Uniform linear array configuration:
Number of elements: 24
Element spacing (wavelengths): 0.25
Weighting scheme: kaiser
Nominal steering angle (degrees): -30
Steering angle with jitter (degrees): -31.967
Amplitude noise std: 0.05
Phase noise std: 0.05

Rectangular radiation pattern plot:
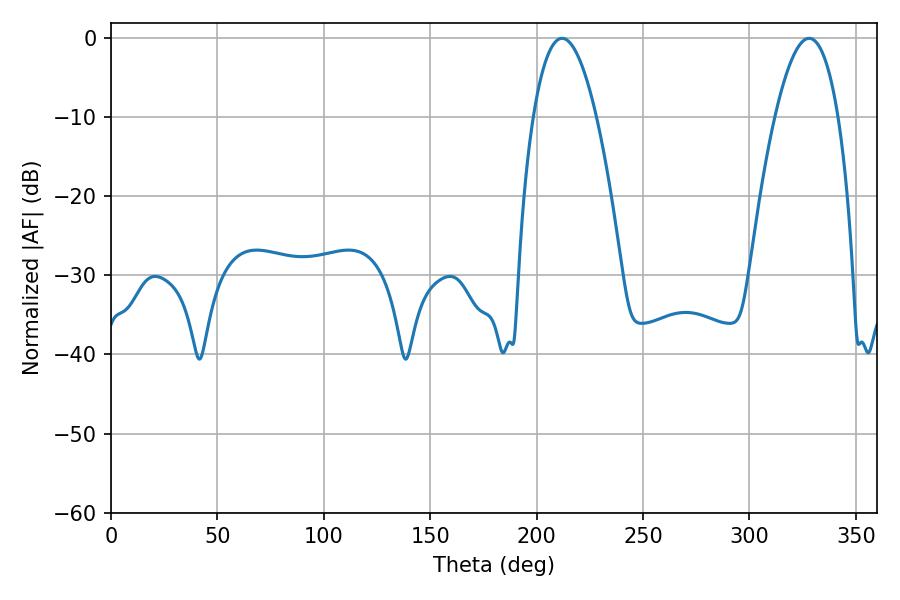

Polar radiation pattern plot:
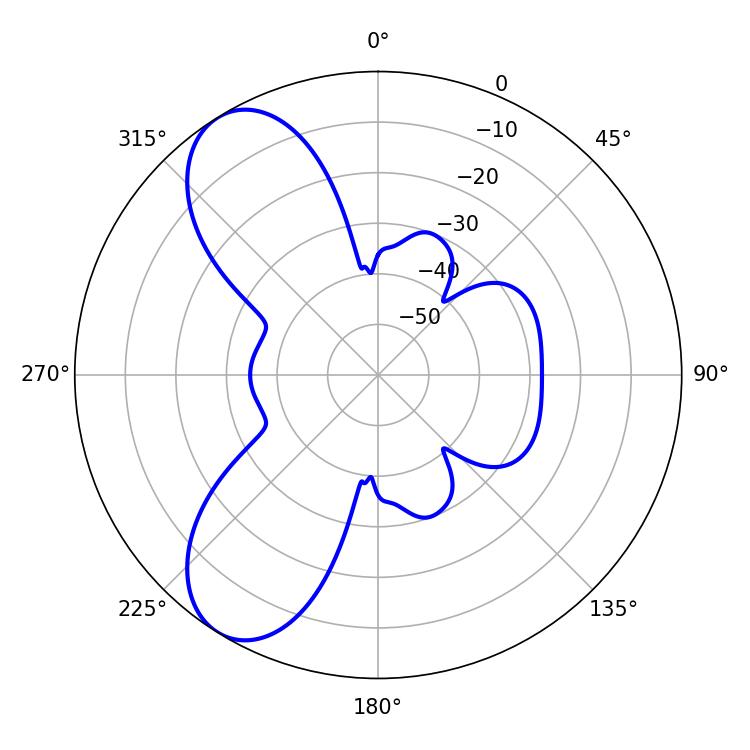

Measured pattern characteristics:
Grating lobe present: FALSE
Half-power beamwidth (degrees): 16.38
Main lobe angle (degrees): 212.04